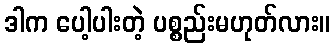
ဒါက ပေါ့ပါးတဲ့ ပစ္စည်းမဟုတ်လား။